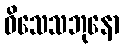
ဝိသေသဘုနော